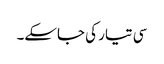
سی تیار کی جاسکے۔